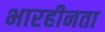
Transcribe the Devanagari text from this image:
भारहीनता